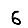
Digit: 6